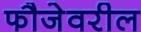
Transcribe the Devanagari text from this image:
फौजेवरील